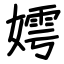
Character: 嫮